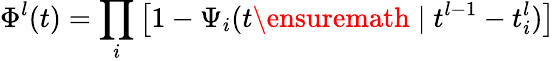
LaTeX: \Phi^{l}(t)=\prod_{i}\left[1-\Psi_{i}(t\ensuremath{\; |\; }t^{l-1}-t_{i}^{l})\right]